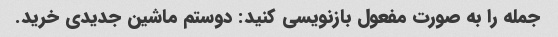
جمله را به صورت مفعول بازنویسی کنید: دوستم ماشین جدیدی خرید.